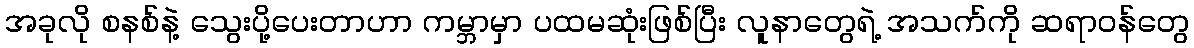
အခုလို စနစ်နဲ့ သွေးပို့ပေးတာဟာ ကမ္ဘာမှာ ပထမဆုံးဖြစ်ပြီး လူနာတွေရဲ့ အသက်ကို ဆရာဝန်တွေ